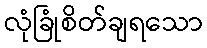
လုံခြုံစိတ်ချရသော